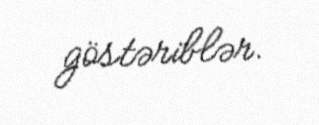
göstəriblər.